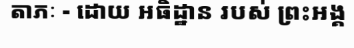
តាភៈ - ដោយ អធិដ្ឋាន របស់ ព្រះអង្គ